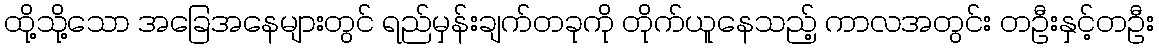
ထို့သို့သော အခြေအနေများတွင် ရည်မှန်းချက်တခုကို တိုက်ယူနေသည့် ကာလအတွင်း တဦးနှင့်တဦး